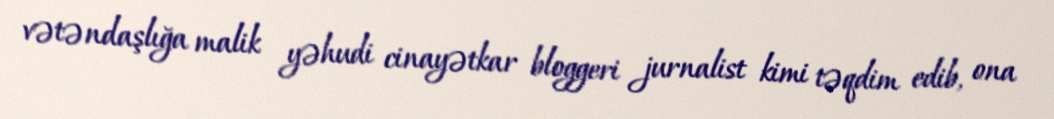
vətəndaşlığa malik yəhudi cinayətkar bloggeri jurnalist kimi təqdim edib, ona